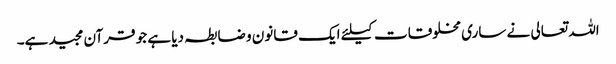
اللہ تعالی نے ساری مخلوقات کیلئے ایک قانون و ضابطہ دیا ہے جو قرآن مجید ہے۔